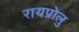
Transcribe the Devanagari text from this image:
रायप्रोलु